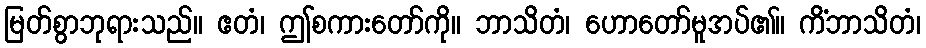
မြတ်စွာဘုရားသည်။ ဧတံ၊ ဤစကားတော်ကို။ ဘာသိတံ၊ ဟောတော်မူအပ်၏။ ကိံဘာသိတံ၊